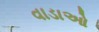
વાડાઓ